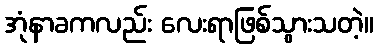
အုံနာခကလည်း လေးရာဖြစ်သွားသတဲ့။